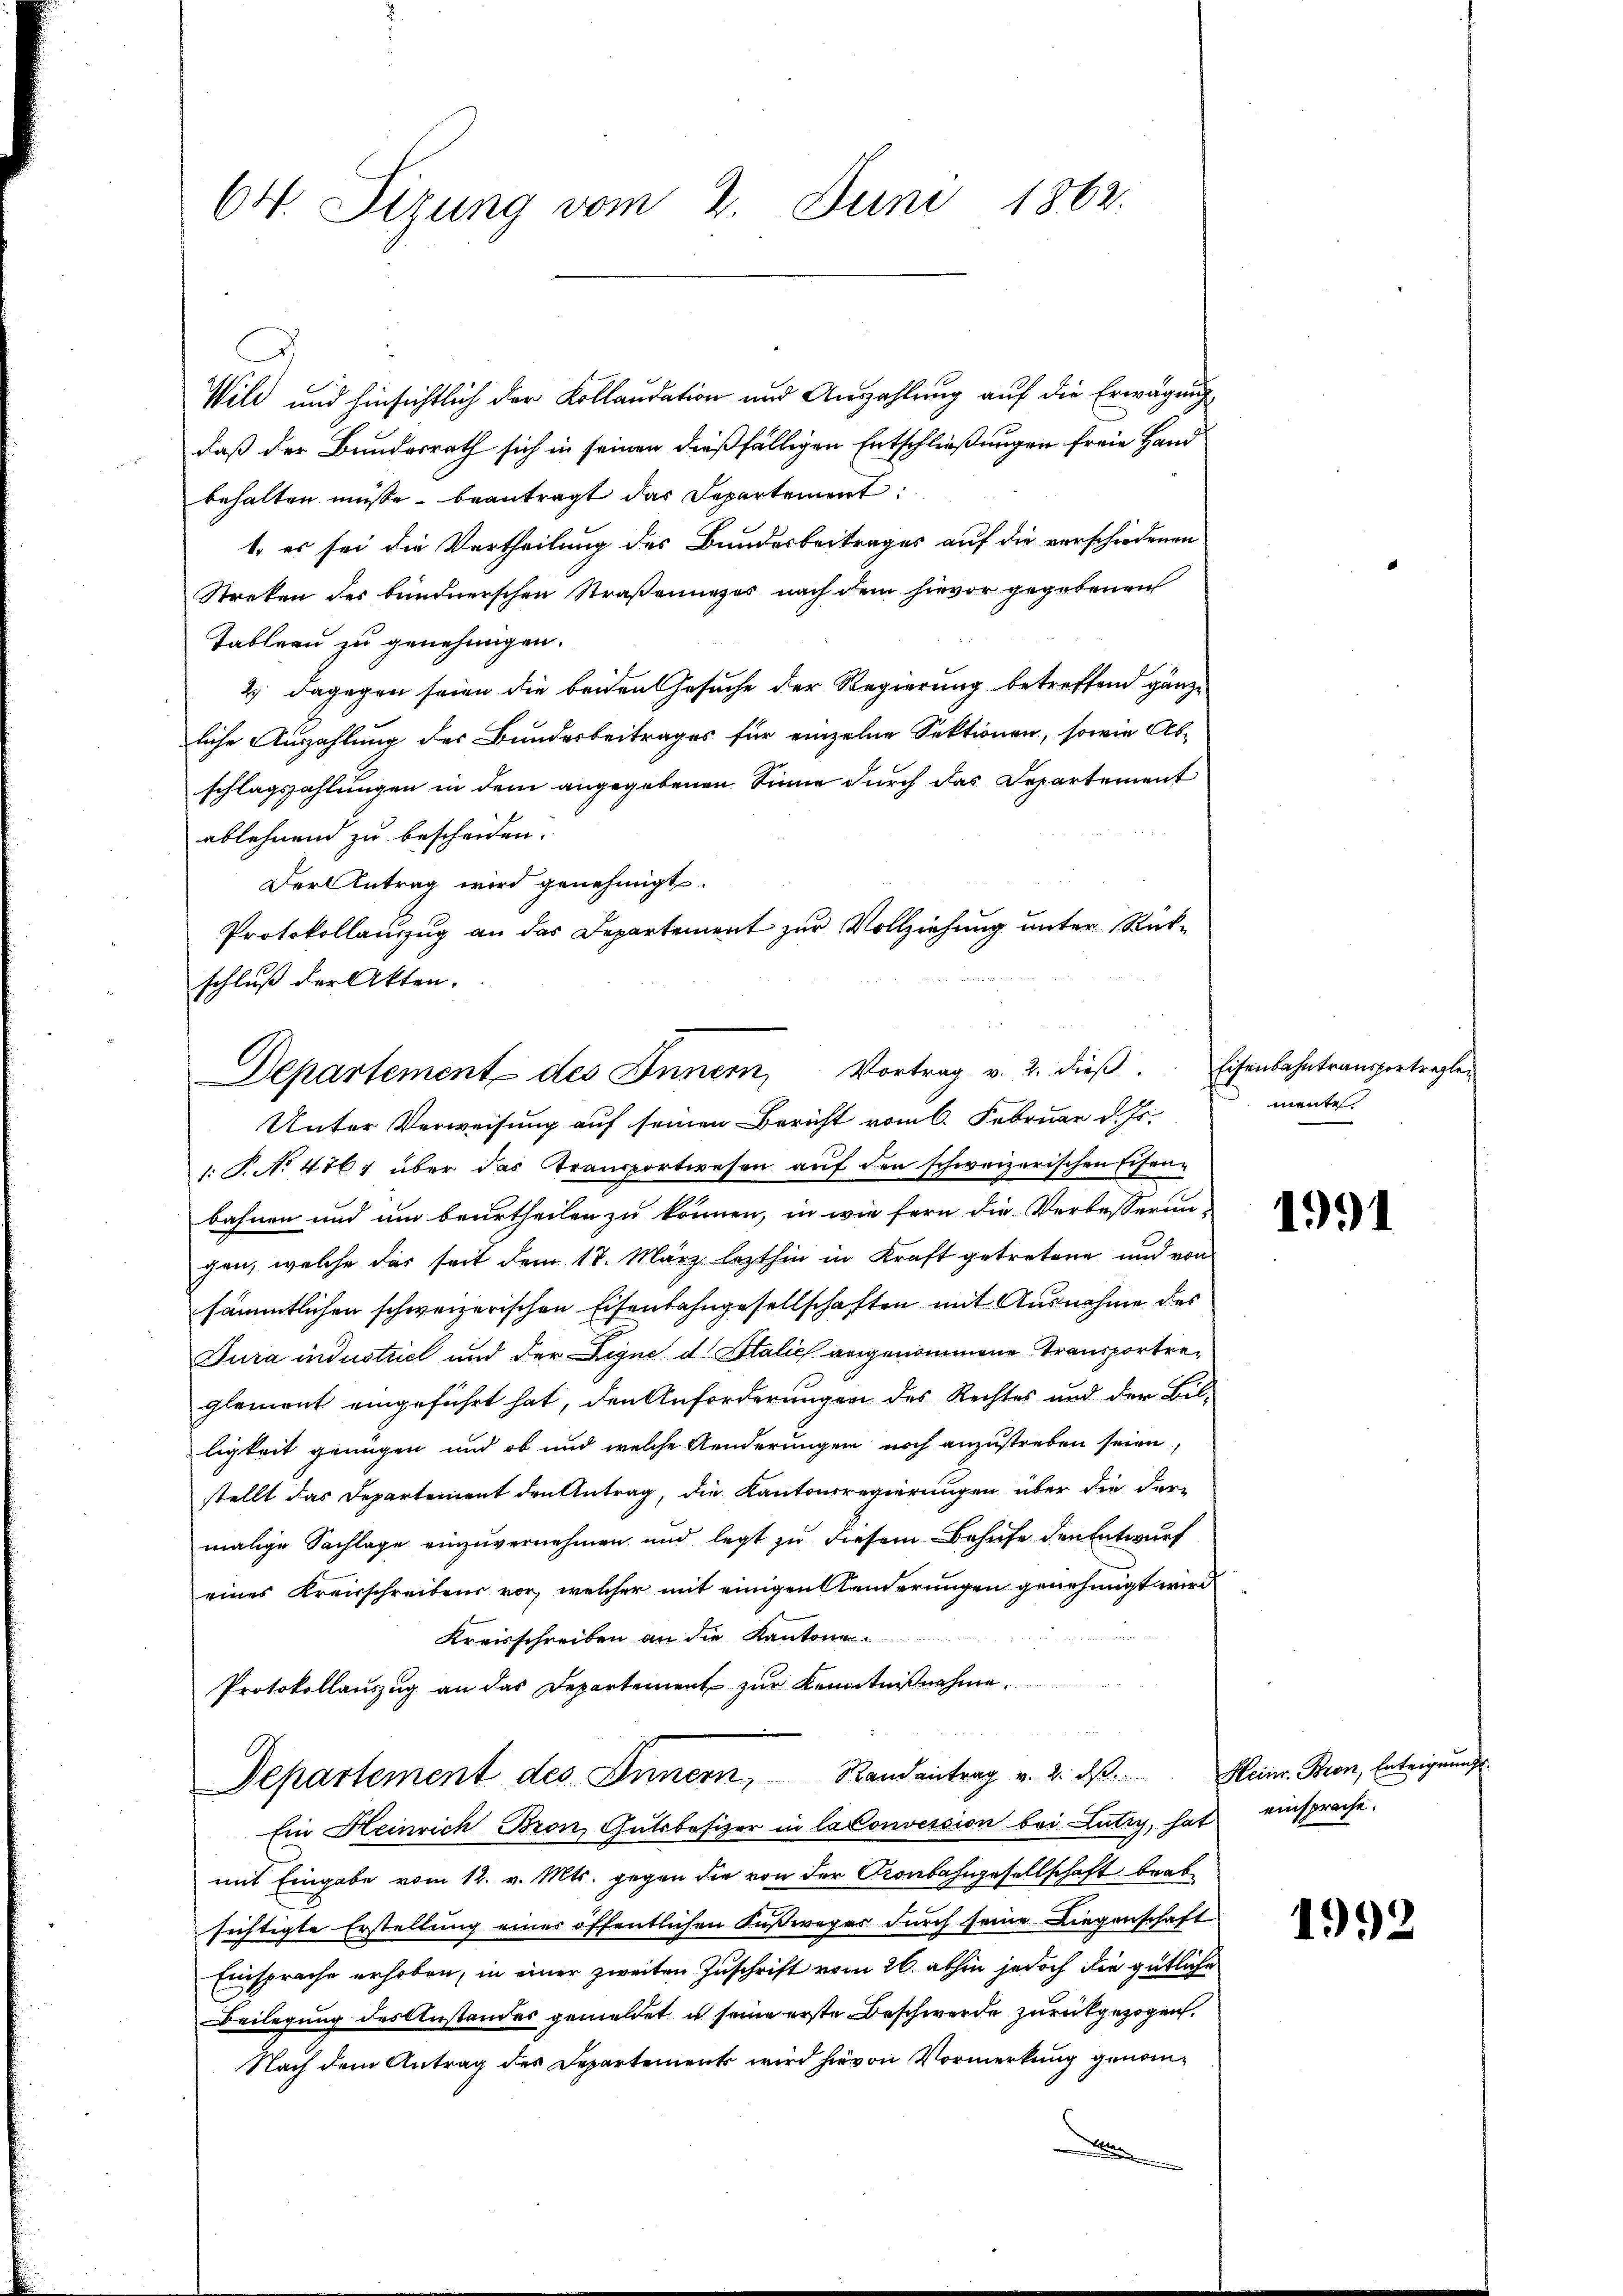
60. Sitzung vom 2. Juni 1862.

Wild und hinsichtlich der Kollaudation und Auszahlung auf die Erwägung
daß der Bundesrath sich in seinen dießfälligen Entschließungen freie Hand
behalten müsse, beantragt das Departement:
1. es sei die Vertheilung des Bundesbeitrages auf die verschiedenen
Streken des bündnerschen Straßeninges nach dem hievor gegebenen
Tableau zu genehmigen.
2.) dagegen seien die beiden Gesuche der Regierung betreffend gänzliche Auszahlung des Bundesbeitrages für einzelne Sektionen, sowie Ab-
schlagszahlungen in dem angegebenen Sinne durch das Departement
ablehnend zu bescheiden.
Unter Verweisung auf seinen Bericht vom 6. Februar d. Js.
1. P. No 476, über das Transportwesen auf den schweizerischen Eisenbahnen und um beurtheilen zu können, in wie fern die Verbesserungen, welche das seit dem 17. März lezthin in Kraft getretene und von
sämmtlichen schweizerischen Eisenbahngesellschaften mit Ausnahme des
Jura industriel und der Signe d. Stalich angenommene Transportreglement eingeführt hat, den Anforderungen des Rechtes und der Bil-
ligkeit genügen und ob und welche Aenderungen noch anzustreben seien,
stellt das Departement den Antrag, die Kantonsregierungen über die der-
malige Sachlage einzuvernehmen und legt zu diesem Behufe den Entwurf
eines Kreisschreibens vor, welcher mit einigen Aenderungen genehmigt wird
Kreisschreiben an die Kantonen
Protokollauszug an das Departement zur Kenntnißnahme.
Departement des Innern, Randantrag v. 2. dβ. Heinr. Bron, Enteignung
Ein Heinrich Bron Gutsbesizer in la Conversion bei Lutry, hat einsprache.
mit Eingabe vom 12. v. Mts. gegen die von der Kronbahngesellschaft beab
sichtigte Erstellung eines öffentlichen Fußweges durch seine Liegenschaft
Einsprache erhoben, in einer zweiten Zuschrift vom 26. abhin jedoch die gütliche
Beilegung des Anstandes gemeldet u seine erste Beschwerde zurückgezogen.
Nach dem Antrag des Departement wird hievon Vormerkung genomx

Der Antrag wird genehmigt.
Protokollauszug an das Departement zur Vollziehung unter Rückschluß der Akten.
Departement des Innern, Vortrag v. 2. dieß

Eisenbahntransportragten
mente.

1991

1992